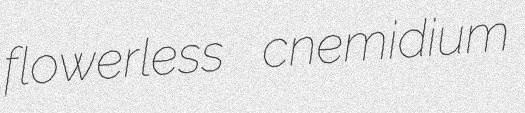
flowerless cnemidium